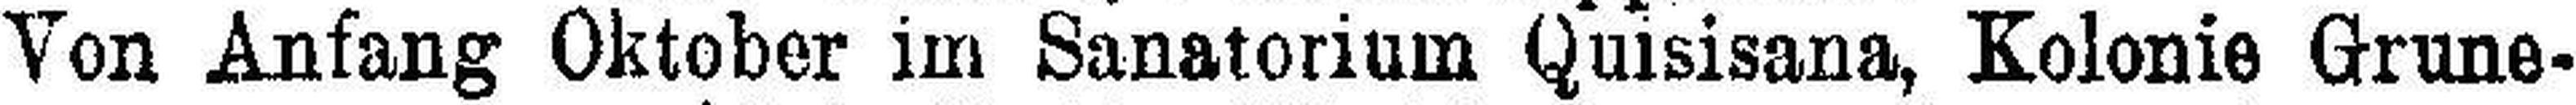
Von Anfang Oktober im Sanatorium Quisisana, Kolonie Grune¬